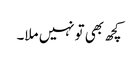
کچھ بھی تونہیں ملا۔